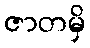
ဇာတမှိ